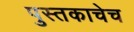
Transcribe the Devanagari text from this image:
पुस्तकाचेच